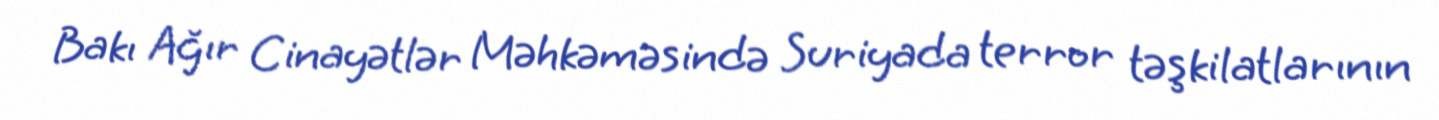
Bakı Ağır Cinayətlər Məhkəməsində Suriyada terror təşkilatlarının